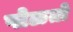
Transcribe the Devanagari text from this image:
पोळतो